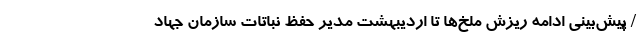
/ پیش‌بینی ادامه ریزش ملخ‌ها تا اردیبهشت مدیر حفظ نباتات سازمان جهاد